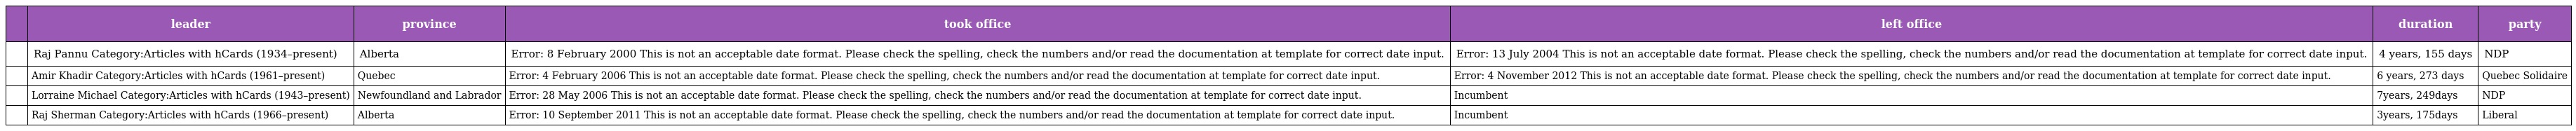
|  | leader | province | took office | left office | duration | party |
 | --- | --- | --- | --- | --- | --- | --- |
 |  | Raj Pannu Category:Articles with hCards (1934–present) | Alberta | Error: 8 February 2000 This is not an acceptable date format. Please check the spelling, check the numbers and/or read the documentation at template for correct date input. | Error: 13 July 2004 This is not an acceptable date format. Please check the spelling, check the numbers and/or read the documentation at template for correct date input. | 4 years, 155 days | NDP |
 |  | Amir Khadir Category:Articles with hCards (1961–present) | Quebec | Error: 4 February 2006 This is not an acceptable date format. Please check the spelling, check the numbers and/or read the documentation at template for correct date input. | Error: 4 November 2012 This is not an acceptable date format. Please check the spelling, check the numbers and/or read the documentation at template for correct date input. | 6 years, 273 days | Quebec Solidaire |
 |  | Lorraine Michael Category:Articles with hCards (1943–present) | Newfoundland and Labrador | Error: 28 May 2006 This is not an acceptable date format. Please check the spelling, check the numbers and/or read the documentation at template for correct date input. | Incumbent | 7years, 249days | NDP |
 |  | Raj Sherman Category:Articles with hCards (1966–present) | Alberta | Error: 10 September 2011 This is not an acceptable date format. Please check the spelling, check the numbers and/or read the documentation at template for correct date input. | Incumbent | 3years, 175days | Liberal |